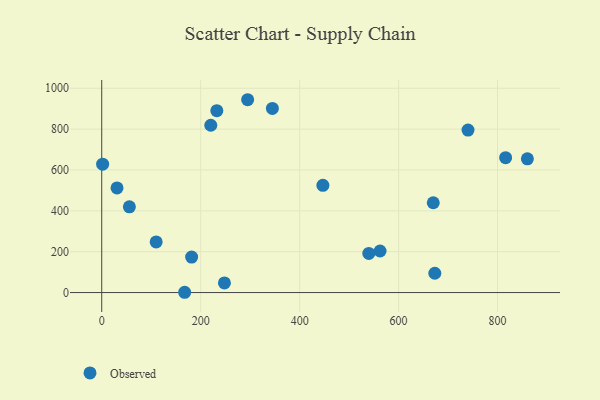
{"axis": {"x": "Study Hours", "y": "Fuel Efficiency"}, "legend": ["Observed"], "data": [{"x": "110.0", "y": 247.7, "type": "Observed"}, {"x": "1.8", "y": 628.6, "type": "Observed"}, {"x": "860.3", "y": 654.5, "type": "Observed"}, {"x": "673.2", "y": 94.6, "type": "Observed"}, {"x": "670.1", "y": 439.6, "type": "Observed"}, {"x": "220.4", "y": 818.9, "type": "Observed"}, {"x": "232.6", "y": 890.5, "type": "Observed"}, {"x": "539.8", "y": 191.6, "type": "Observed"}, {"x": "562.5", "y": 203.4, "type": "Observed"}, {"x": "816.3", "y": 660.4, "type": "Observed"}, {"x": "167.6", "y": 1.4, "type": "Observed"}, {"x": "294.9", "y": 943.9, "type": "Observed"}, {"x": "30.9", "y": 512.1, "type": "Observed"}, {"x": "55.9", "y": 419.7, "type": "Observed"}, {"x": "248.0", "y": 47.4, "type": "Observed"}, {"x": "447.0", "y": 525.0, "type": "Observed"}, {"x": "181.7", "y": 173.6, "type": "Observed"}, {"x": "740.3", "y": 795.3, "type": "Observed"}, {"x": "344.9", "y": 901.5, "type": "Observed"}]}